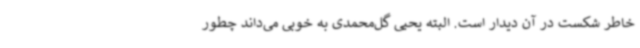
خاطر شکست در آن دیدار است. البته یحیی گل‌محمدی به خوبی می‌داند چطور